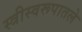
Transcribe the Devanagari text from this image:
स्त्रीस्वरूपातले